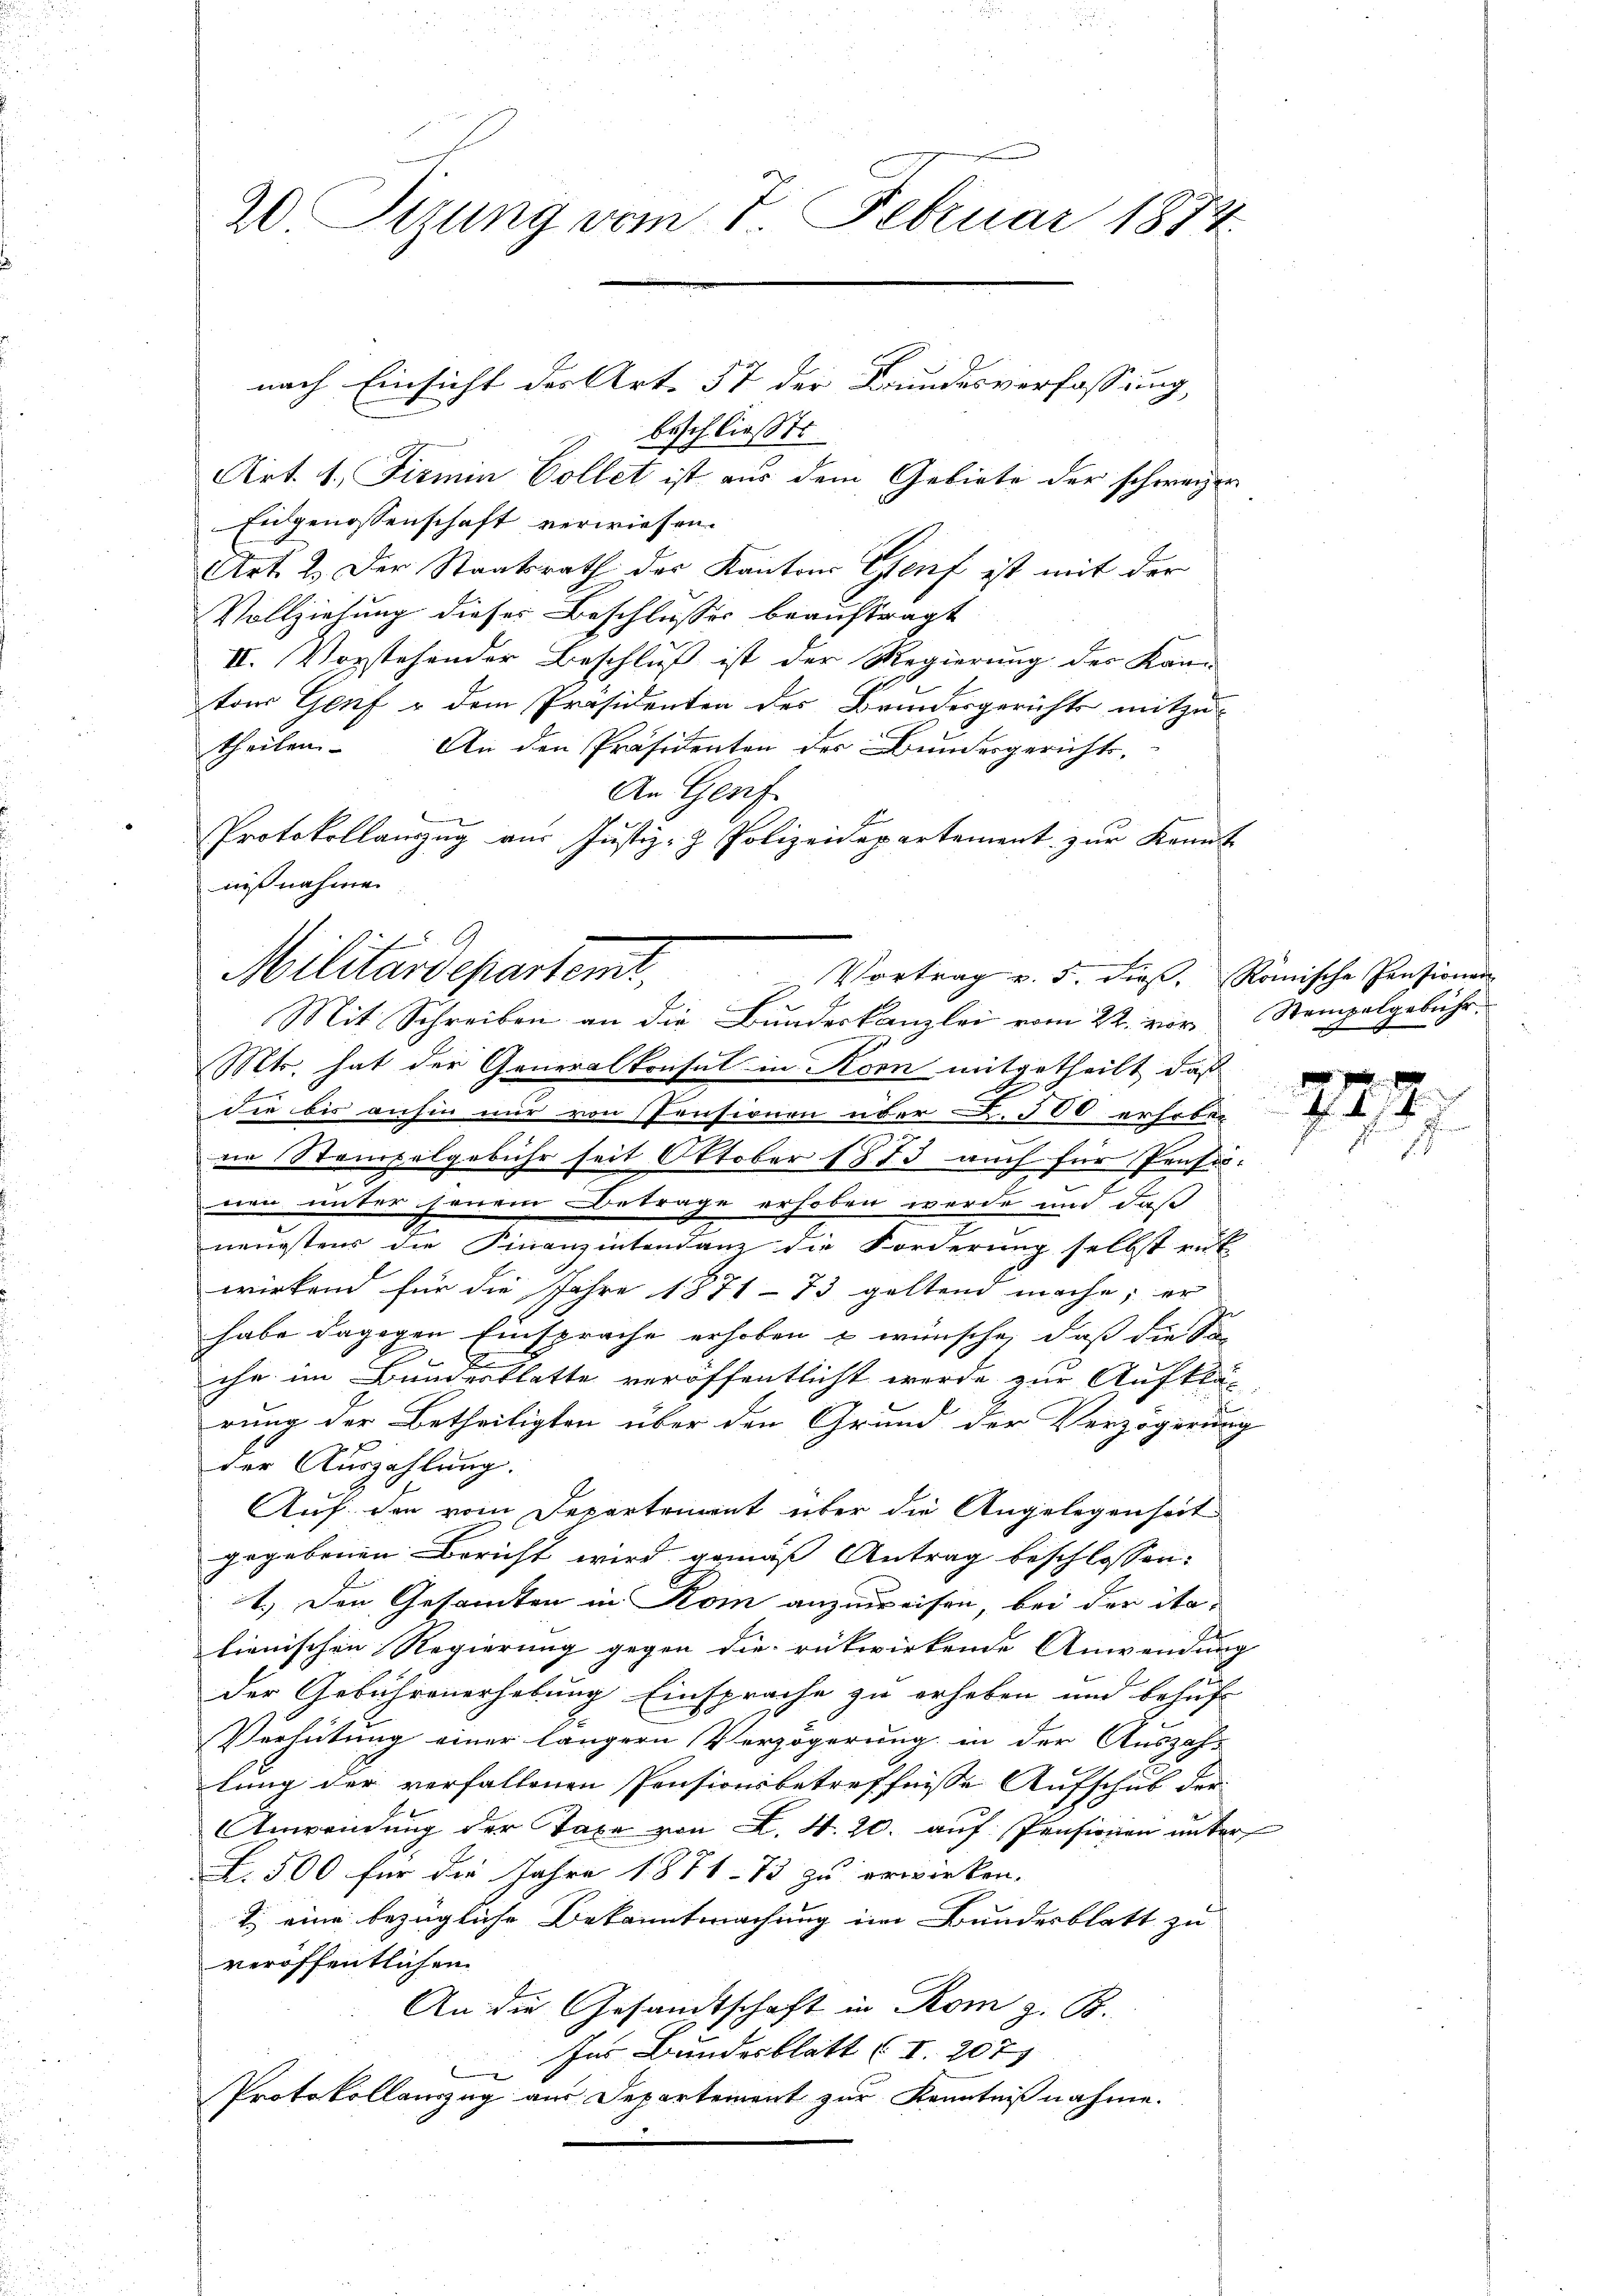
20 Sizung vom 7. Februar 1874.

nach Einsicht der Art. 57 der Bundesverfassung,

beschließt:
Art. 1. Firmin Collet ist aus dem Gebiete der schweizer
Eidgenossenschaft verwiesen.
Art. 2. Der Staatsrath des Kantons Genf ist mit der
Vollziehung dieses Beschlusses beauftragt
II. Vorstehender Beschluß ist der Regierung des Kan-
tons Genf u dem Präsidenten des Brindesgerichts mitzu-
theilen. An den Präsidenten der Bundesgerichts-
An Genf
Protokollauszug aus Justiz- & Polizeidepartement zur Kennt
nißnahme
Mts. hat der Generalkonsul in Korn mitgetheilt, daß
die bis anhin nur von Pensionen über d. 500 erhoben
ne Stempelgebühr seit Oktober 1873 auch für Profesnen unter jenein Betrage erhoben werde und daß
nengstens die Finanzintendanz die Forderung selbst rut
wirkend für die Jahre 1871-73 geltend mache; er
habe dagegen Einsprache erhoben u wünsche, daß die Sa
ihr im Bundesblatte veröffentlicht werde zur Aufklä-
rung der Betheiligten über den Grund der Verzögerung
der Auszahlung.
Auf den vom Departement über die Angelegenheit
gegebenen Bericht wird gemäß Antrag beschlossen:
1.) Den Gesamten in Kom anzuweisen, bei der ita-
lienischen Regierung gegen die rükwirkende Anwendung
der Gebührenerhebung Einsprache zu erheben und behuf
Verhütung einer längern Verzögerung in der Auszah-
lung der verfallenen Pensionsbetreffnisse Aufschub der
Anwendung der Taxe von L. S. 20. auf Pensionen unter
L. 500 für die Jahre 1871 - 13 zu erwirken.
T. eine bezügliche Bekanntmachung im Bundesblatt zu
veröffentlichen
An die Gesandtschaft in Rom z. B.
Ins Bundesblatt (I. 207
Protokollanzug aus Departement zur Kenntnißnahme.

Militärdepartemt. Vortrag v. 5. dieß. Römische Pensinung
Mit Schreiben an die Bundeskanzlei vom 22. vor Stempelgebühr-

227